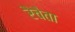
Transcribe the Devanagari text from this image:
रैचैता